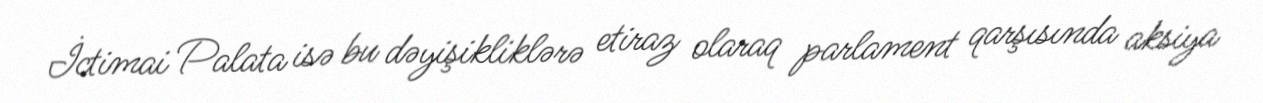
İctimai Palata isə bu dəyişikliklərə etiraz olaraq parlament qarşısında aksiya